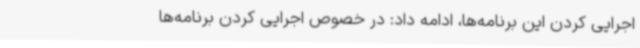
اجرایی کردن این برنامه‌ها، ادامه داد: در خصوص اجرایی کردن برنامه‌ها